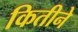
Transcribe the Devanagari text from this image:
कितीने